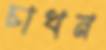
চাখন